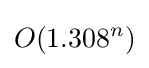
O(1.308^{n})